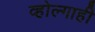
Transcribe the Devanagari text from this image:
व्होल्गाही